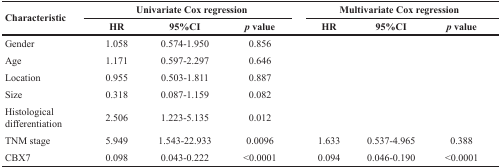
<table><thead><tr><td rowspan="2"><b>Characteristic</b></td><td colspan="3"><b>Univariate Cox regression</b></td><td colspan="3"><b>Multivariate Cox regression</b></td></tr><tr><td><b>HR</b></td><td><b>95%CI</b></td><td><b><i>p</i> value</b></td><td><b>HR</b></td><td><b>95%CI</b></td><td><b><i>p</i> value</b></td></tr></thead><tbody><tr><td>Gender</td><td>1.058</td><td>0.574-1.950</td><td>0.856</td><td></td><td></td><td></td></tr><tr><td>Age</td><td>1.171</td><td>0.597-2.297</td><td>0.646</td><td></td><td></td><td></td></tr><tr><td>Location</td><td>0.955</td><td>0.503-1.811</td><td>0.887</td><td></td><td></td><td></td></tr><tr><td>Size</td><td>0.318</td><td>0.087-1.159</td><td>0.082</td><td></td><td></td><td></td></tr><tr><td>Histological differentiation</td><td>2.506</td><td>1.223-5.135</td><td>0.012</td><td></td><td></td><td></td></tr><tr><td>TNM stage</td><td>5.949</td><td>1.543-22.933</td><td>0.0096</td><td>1.633</td><td>0.537-4.965</td><td>0.388</td></tr><tr><td>CBX7</td><td>0.098</td><td>0.043-0.222</td><td>&lt;0.0001</td><td>0.094</td><td>0.046-0.190</td><td>&lt;0.0001</td></tr></tbody></table>